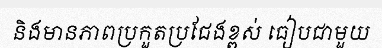
និងមានភាពប្រកួតប្រជែងខ្ពស់ ធៀបជាមួយ